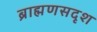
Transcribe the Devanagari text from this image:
ब्राह्मणसदृश